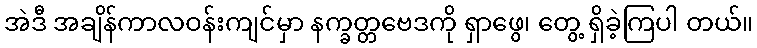
အဲဒီ အချိန်ကာလဝန်းကျင်မှာ နက္ခတ္တဗေဒကို ရှာဖွေ၊ တွေ့ ရှိခဲ့ကြပါ တယ်။